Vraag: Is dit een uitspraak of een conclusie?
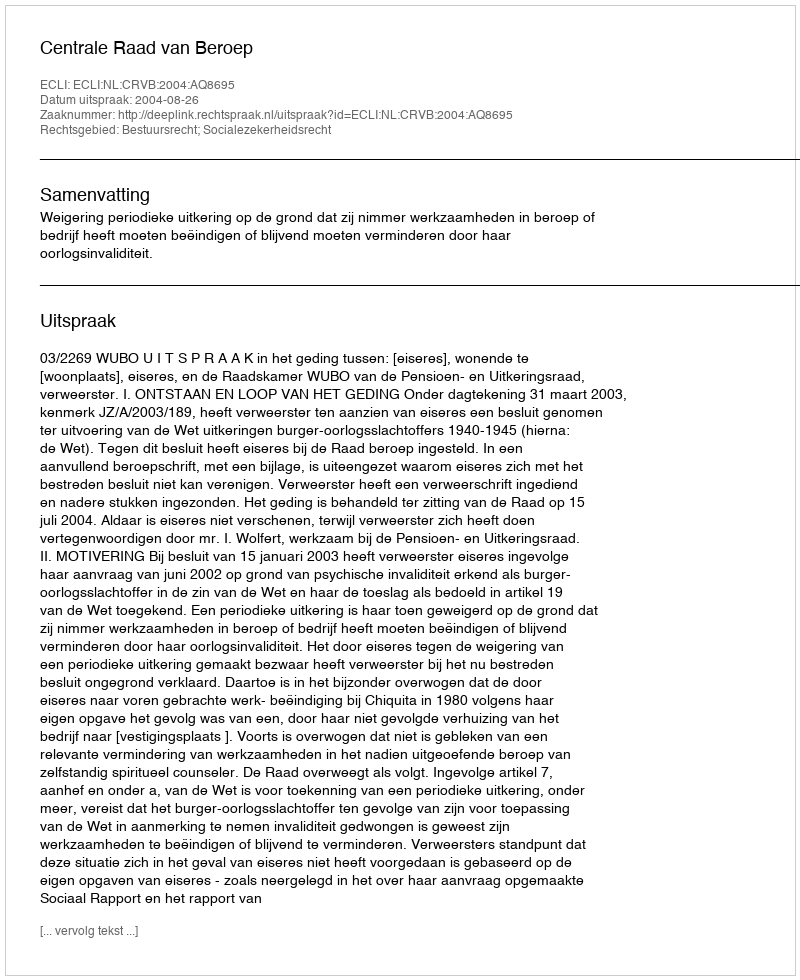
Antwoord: Uitspraak